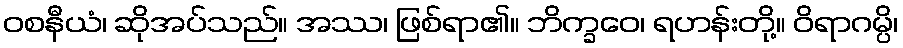
ဝစနီယံ၊ ဆိုအပ်သည်။ အဿ၊ ဖြစ်ရာ၏။ ဘိက္ခဝေ၊ ရဟန်းတို့။ ဝိရာဂမ္ပိ၊